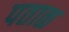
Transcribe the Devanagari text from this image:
पताळ